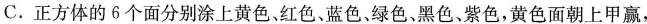
C.正方体的6个面分别涂上黄色、红色、蓝色、绿色、黑色、紫色，黄色面朝上甲赢，